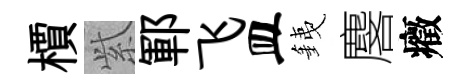
檟𬗋鄆飞皿銕麐癥